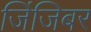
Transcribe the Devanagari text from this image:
जिंजिबर